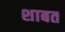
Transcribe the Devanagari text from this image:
शाबत